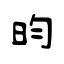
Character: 昀